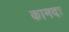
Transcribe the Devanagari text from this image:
कामदः